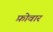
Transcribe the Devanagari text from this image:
फ़ोवार